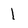
Character: 1